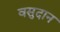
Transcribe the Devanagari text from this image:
वसुदान